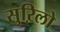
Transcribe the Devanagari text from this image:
सुऱिलो